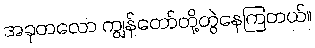
အခုတလော ကျွန်တော်တို့တွဲနေကြတယ်။